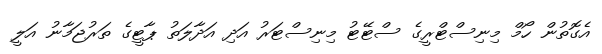
އެގޮތުން ހޯމް މިނިސްޓްރީގެ ސްޓޭޓު މިނިސްޓަރު އަދި އަދާލަތު ޕާޓީގެ ތަރުޖަމާނު އަލީ